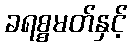
ခရစ္စမတ်နှင့်